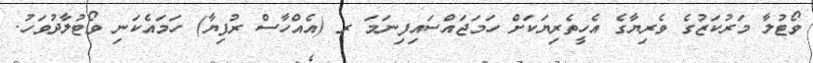
ވޯޓުލާ މަރުކަޒުގެ ވެރިޔާގެ އެހީތެރިޔަކަށް ހަމަޖައްސައިފިނަމަ ރ (އެއްހާސް ރުފިޔާ) ހަމައެކަނި ވޯޓުލާދުވަހު.